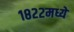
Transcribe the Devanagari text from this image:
१८२२मध्ये